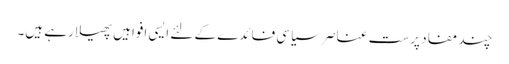
چند مفاد پرست عناصر سیاسی فائدے کے لئے ایسی افواہیں پھیلا رہے ہیں۔